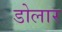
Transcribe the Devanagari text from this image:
डोलार